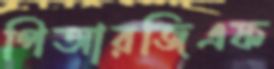
পিআরজিএফ